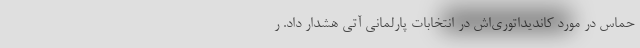
حماس در مورد کاندیداتوری‌اش در انتخابات پارلمانی آتی هشدار داد. ر